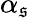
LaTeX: \alpha_{\mathfrak{s}}